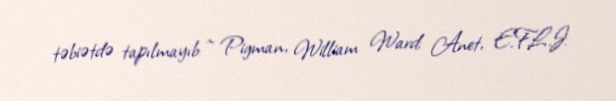
təbiətdə tapılmayıb: ^ Pigman, William Ward; Anet, E.F.L.J.